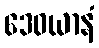
ဒေဝယာနံ